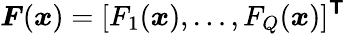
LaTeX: \boldsymbol{F}(\boldsymbol{x})=[F_{1}(\boldsymbol{x}),\ldots,F_{Q}(\boldsymbol{x})]^{\boldsymbol{\mathsf{T}}}